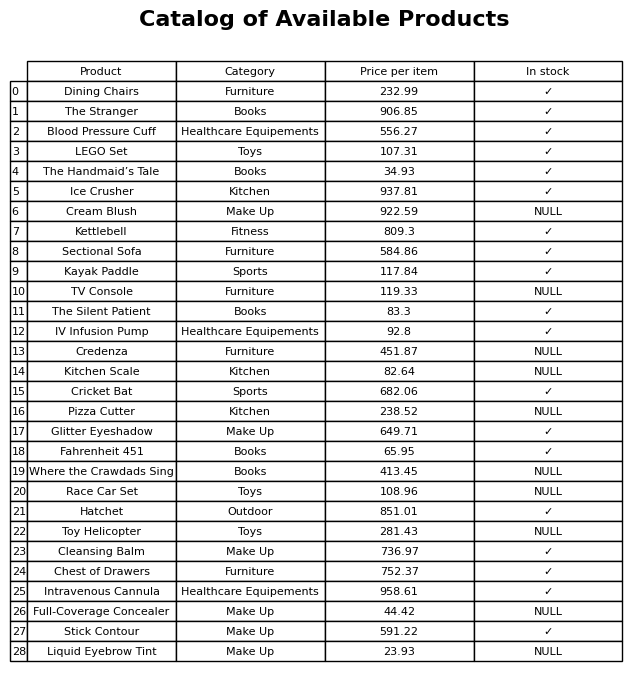
question: What is the price of the Credenza?
answer: The price of Credenza is 451.87.